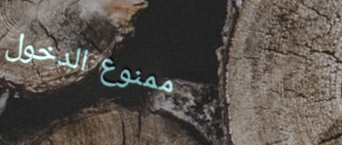
ممنوع الدخول